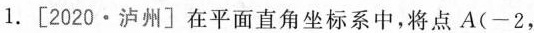
1.[2020·泸州]在平面直角坐标系中，将点A(-2，